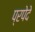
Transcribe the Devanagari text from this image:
प्रपेदे